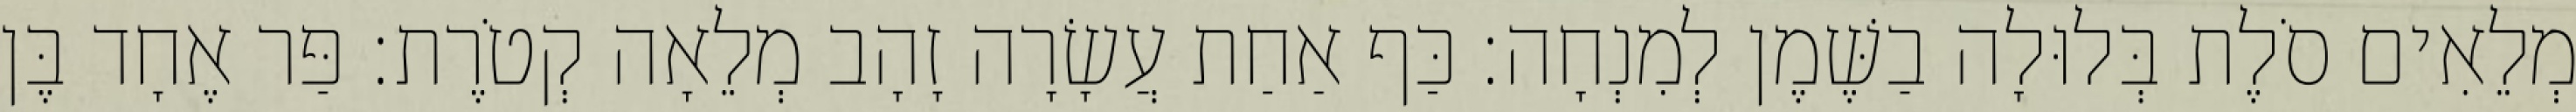
מְלֵאִים סֹלֶת בְּלוּלָה בַשֶּׁמֶן לְמִנְחָה׃ כַּף אַחַת עֲשָׂרָה זָהָב מְלֵאָה קְטֹרֶת׃ פַּר אֶחָד בֶּן